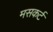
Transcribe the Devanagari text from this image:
मसकर्ट